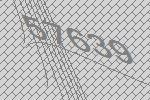
57639